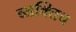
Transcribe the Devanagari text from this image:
व्यक्तिच